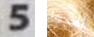
5 أمرها